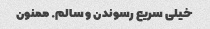
خیلی سریع رسوندن و سالم. ممنون